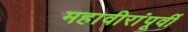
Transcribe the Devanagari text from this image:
महावीरांंपूर्वी